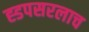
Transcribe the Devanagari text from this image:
ह्डपसरलाच